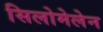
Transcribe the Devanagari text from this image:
सिलोमेलेन